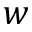
w